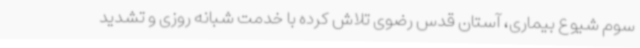
سوم شیوع بیماری، آستان قدس رضوی تلاش کرده با خدمت شبانه روزی و تشدید